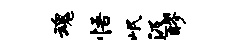
魂悟岷汲醪